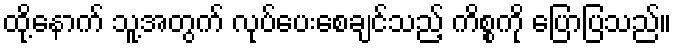
ထို့နောက် သူ့အတွက် လုပ်ပေးစေချင်သည့် ကိစ္စကို ပြောပြသည်။